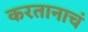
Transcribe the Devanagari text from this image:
करतानाचं